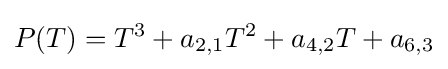
P(T)=T^{3}+a_{2,1}T^{2}+a_{4,2}T+a_{6,3}